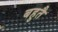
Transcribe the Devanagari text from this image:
बहुतै